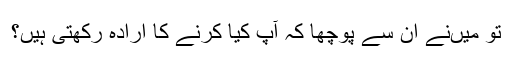
تو میں‌نے ان سے پوچھا کہ آپ کیا کرنے کا ارادہ رکھتی ہیں؟